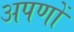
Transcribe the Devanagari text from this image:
अपणों